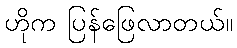
ဟိုက ပြန်ဖြေလာတယ်။